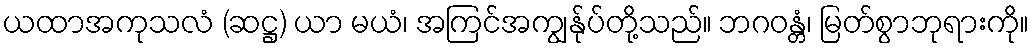
ယထာအကုသလံ (ဆဋ္ဌ) ယာ မယံ၊ အကြင်အကျွန်ုပ်တို့သည်။ ဘဂဝန္တံ၊ မြတ်စွာဘုရားကို။